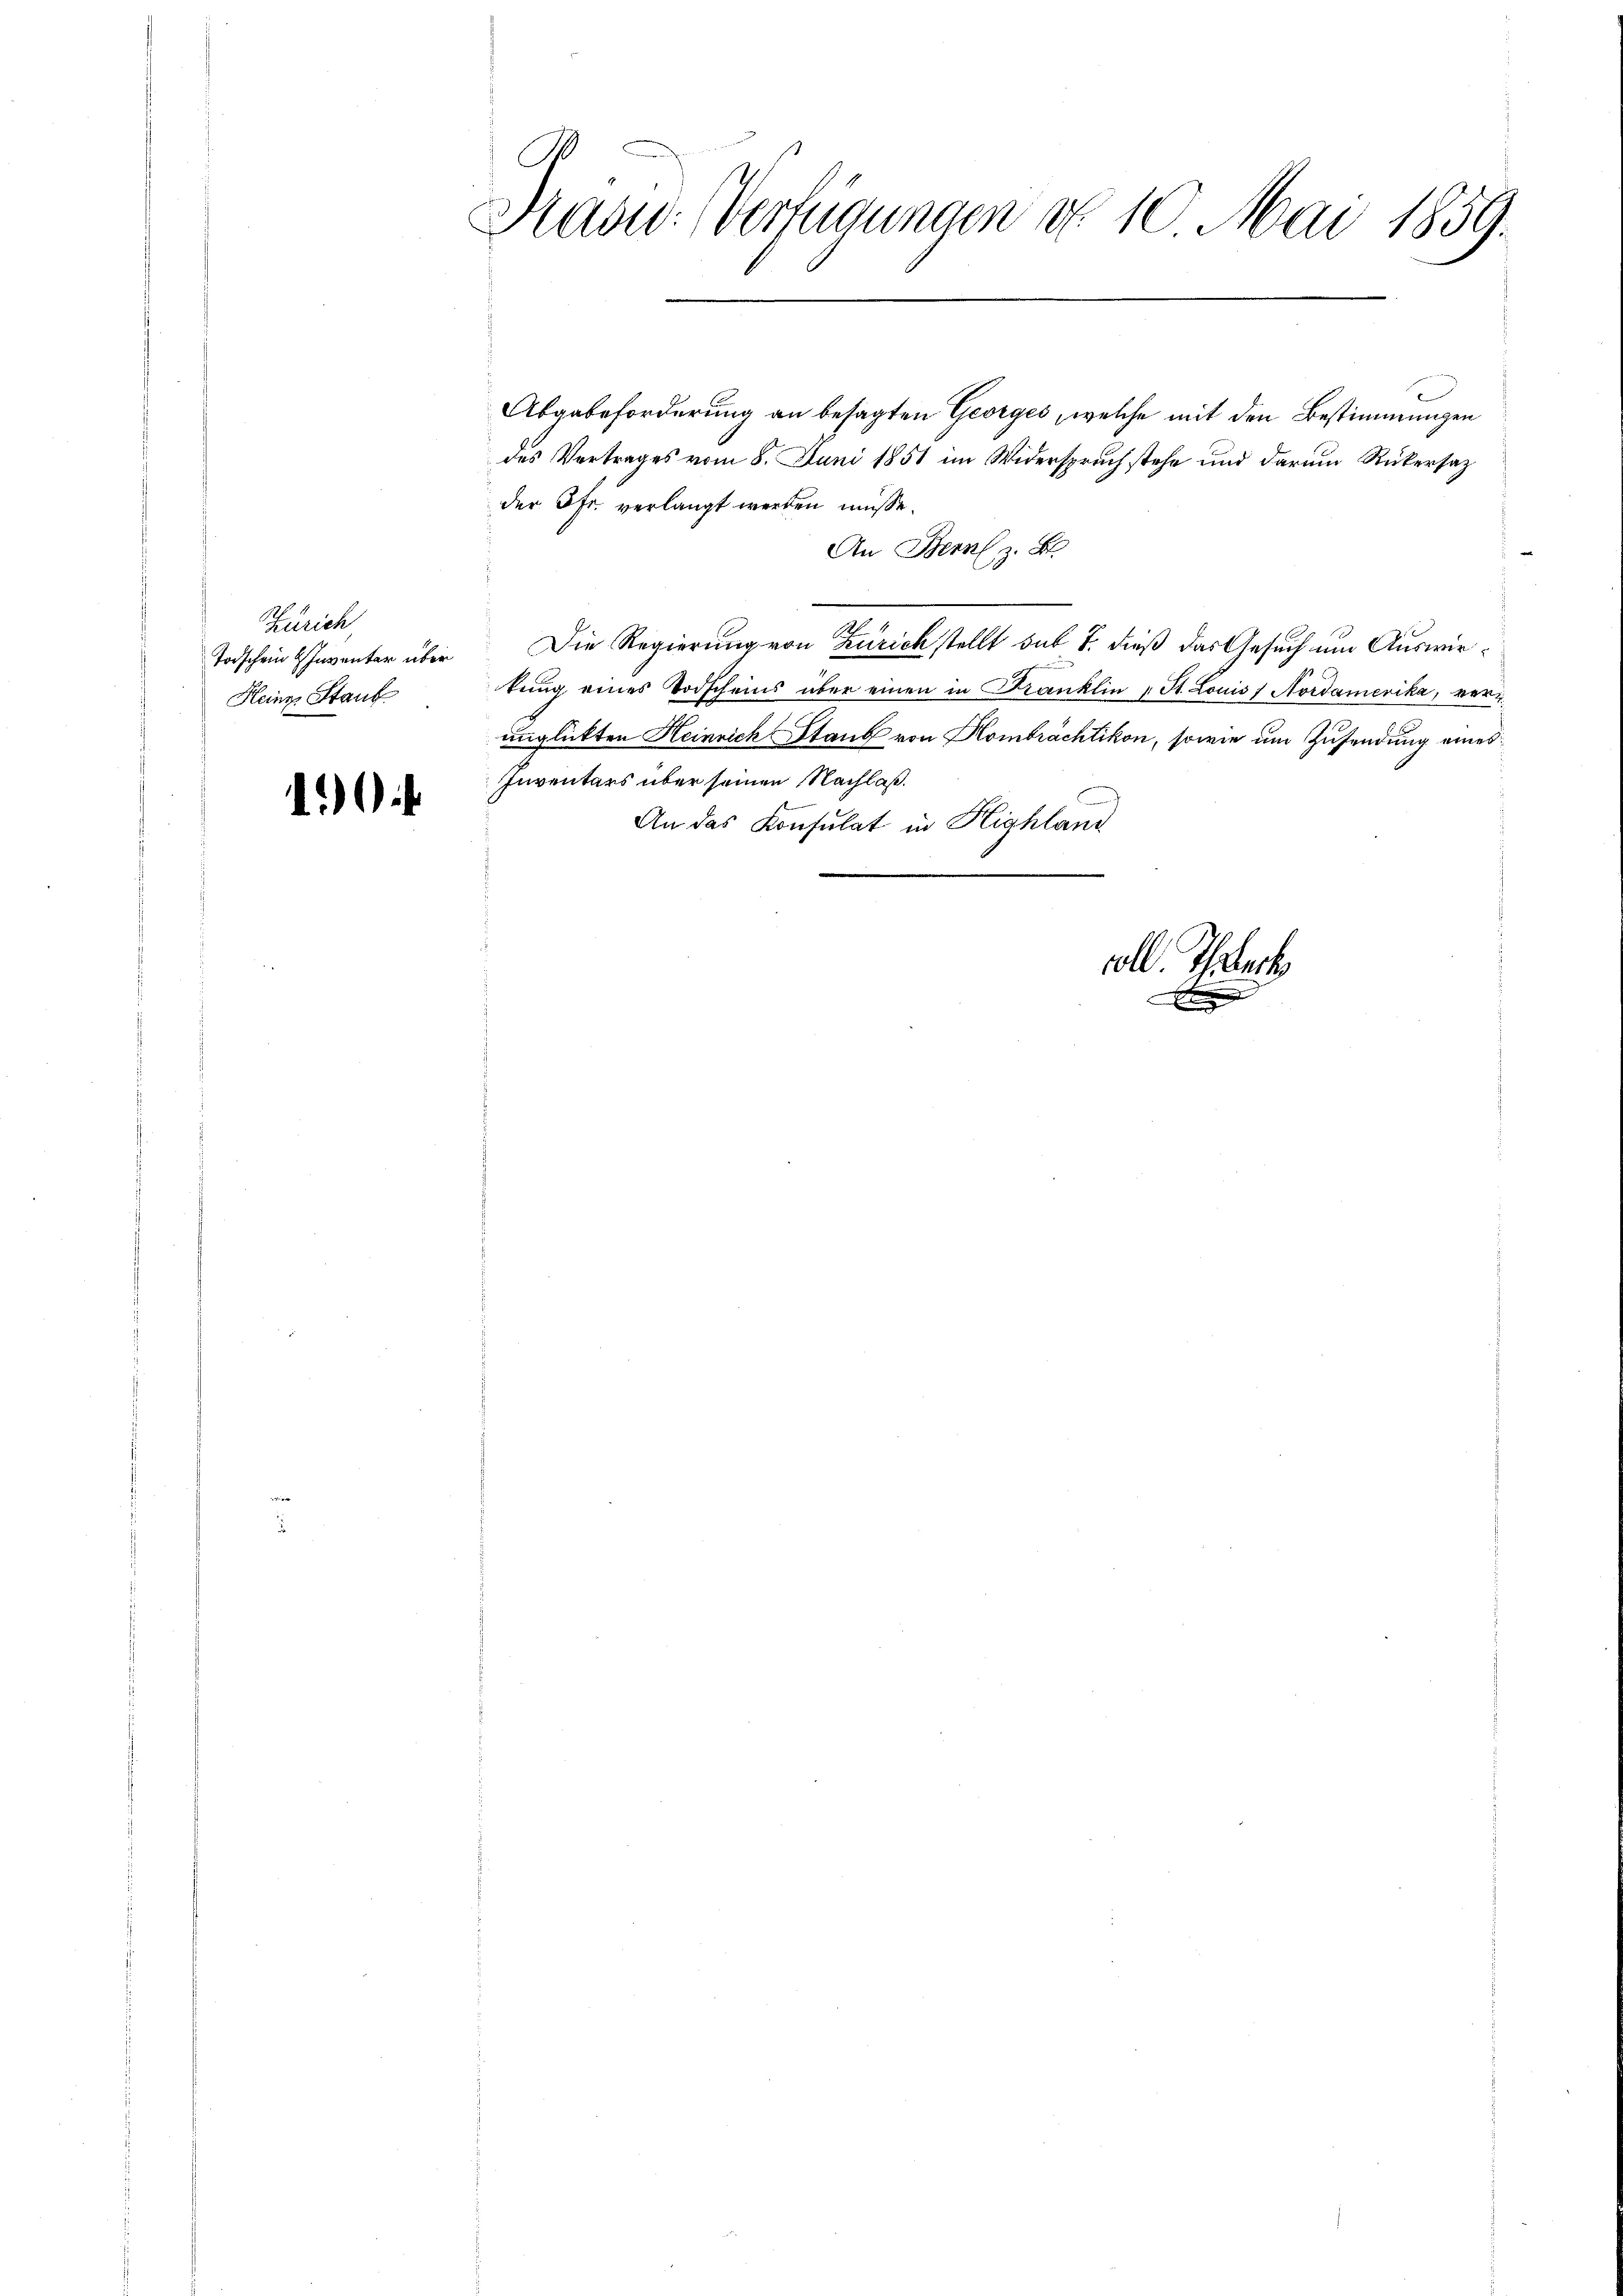
Zürich
Todschein Inventar über
Heinz Stauf

10

C
Stand: Verfügungen d. 10. Mai 1859.

.
Abgabeforderung an besagten Georges, welche mit den Bestimmungen
des Vertrages vom 8. Juni 1851 im Widerspruch stehe und darum Rükersaz
der Oft verlangt werden müsse.
An Bern z. B.
Die Regierung von Zürich stellt sub 7. dieß das Gesuch um Auswirtŭng eines Todscheins über einen in Franklin " St. Louis / Nordamerika, verunglückten Heinrich Staub von Hombrächtikon, sowie um Zusendung eines
Inventars über seinen Nachlaß.
An das Konsulat in Highland

coll. The
E